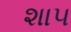
શા૫